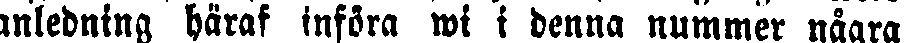
anledning häraf införa wi i denna nummer några